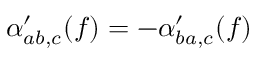
\alpha _ { a b , c } ^ { \prime } ( f ) = - \alpha _ { b a , c } ^ { \prime } ( f )